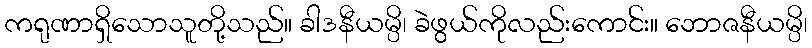
ကရုဏာရှိသောသူတို့သည်။ ခါဒနီယမ္ပိ၊ ခဲဖွယ်ကိုလည်းကောင်း။ ဘောဇနီယမ္ပိ၊